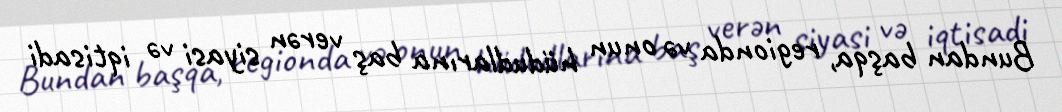
Bundan başqa, regionda və onun hüdudlarına baş verən siyasi və iqtisadi